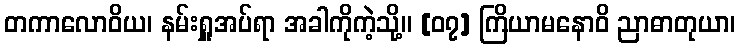
တကာလောဝိယ၊ နမ်းရှူအပ်ရာ အခါကိုကဲ့သို့။ [၀၇] ကြိယာမနောဝိ ညာဓာတုယာ၊